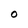
Character: O